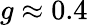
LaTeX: g\approx 0.4